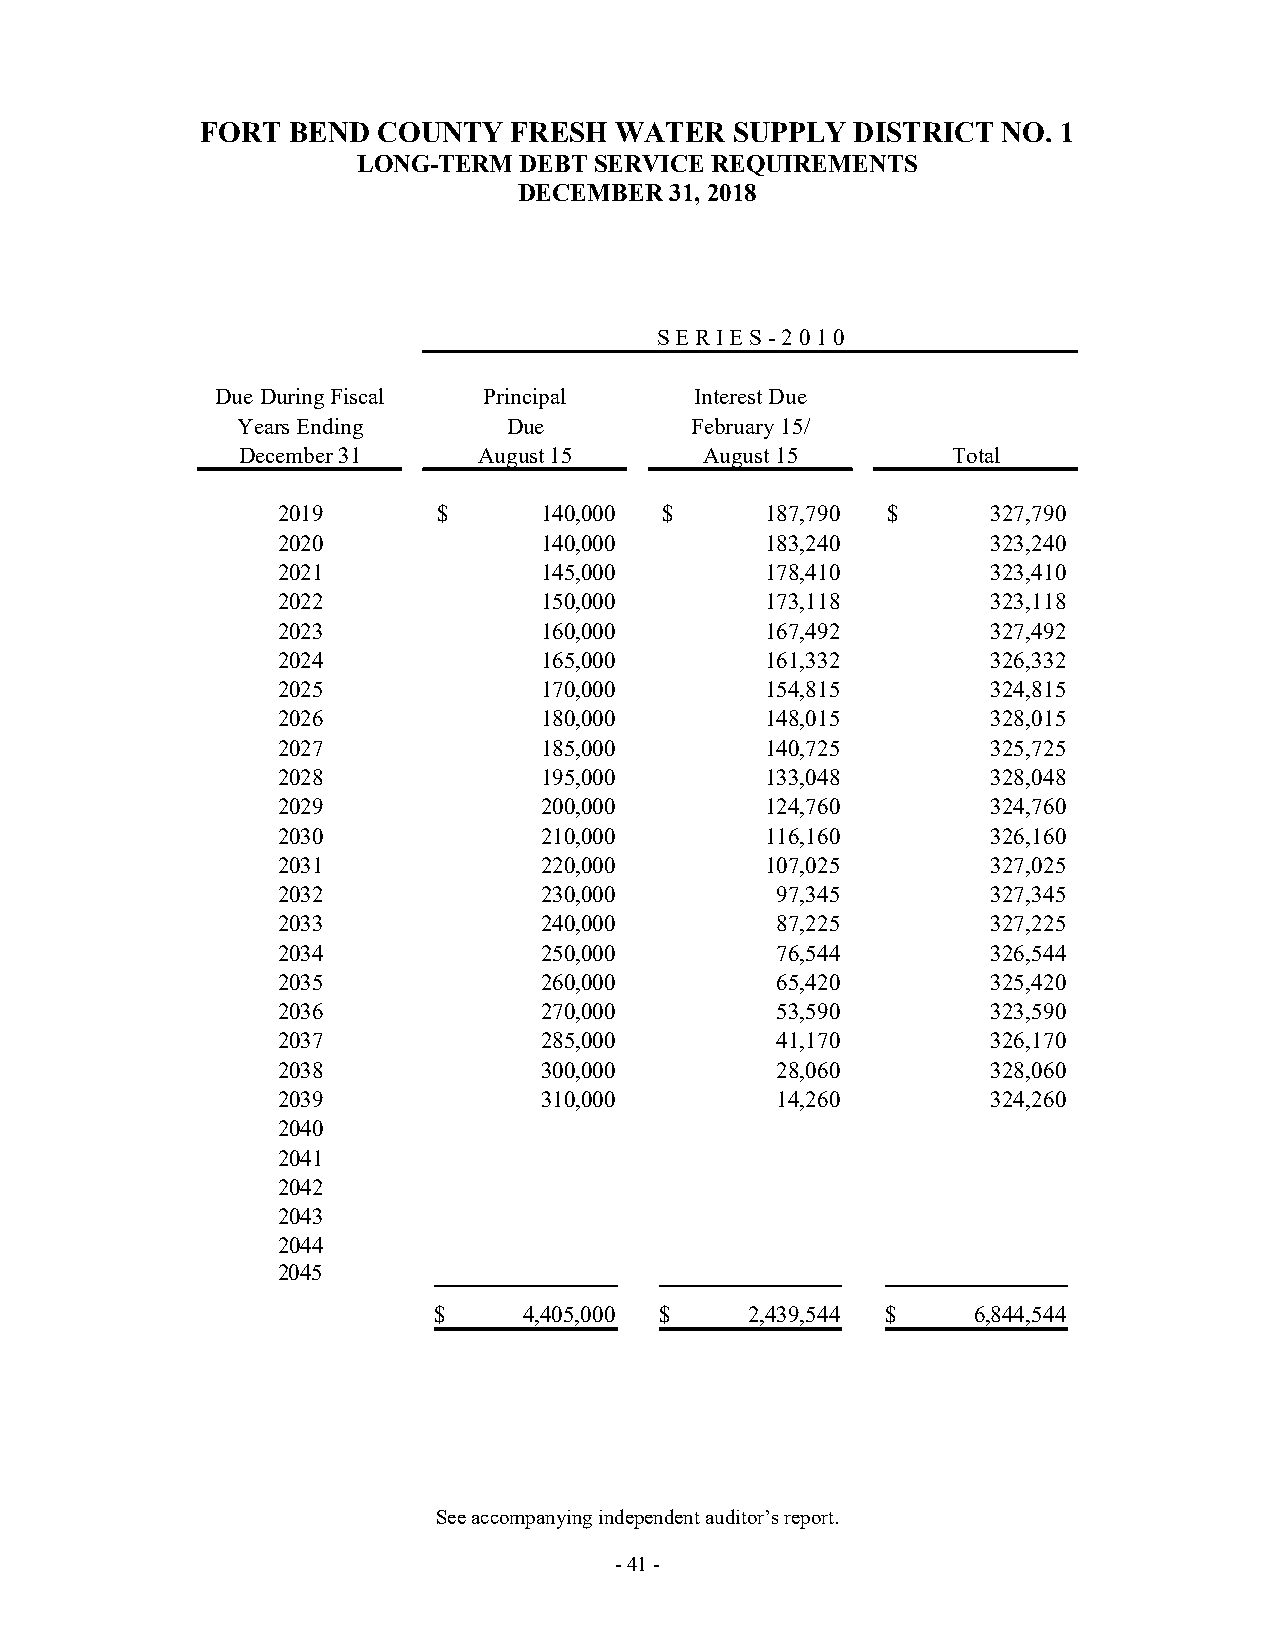
FORT  BEND  COUNTY   FRESH  WATER   SUPPLY  DISTRICT NO. 1
 LONG-TERM DEBT SERVICE REQUIREMENTS
 DECEMBER  31, 2018
 S E R I E S - 2 0 1 0
 Due During Fiscal Principal     Interest Due
 Years Ending      Due         February 15/
 December 31     August 15      August 15       Total
 2019       $      140,000 $      187,790 $      327,790
 2020              140,000        183,240        323,240
 2021              145,000        178,410        323,410
 2022              150,000        173,118        323,118
 2023              160,000        167,492        327,492
 2024              165,000        161,332        326,332
 2025              170,000        154,815        324,815
 2026              180,000        148,015        328,015
 2027              185,000        140,725        325,725
 2028              195,000        133,048        328,048
 2029              200,000        124,760        324,760
 2030              210,000        116,160        326,160
 2031              220,000        107,025        327,025
 2032              230,000        97,345         327,345
 2033              240,000        87,225         327,225
 2034              250,000        76,544         326,544
 2035              260,000        65,420         325,420
 2036              270,000        53,590         323,590
 2037              285,000        41,170         326,170
 2038              300,000        28,060         328,060
 2039              310,000        14,260         324,260
 2040
 2041
 2042
 2043
 2044
 2045
 $     4,405,000 $    2,439,544 $   6,844,544
 See accompanying independent auditor’s report.
 - 41 -